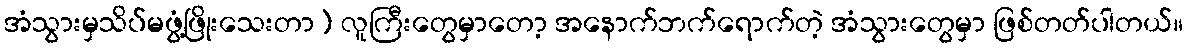
အံသွားမှသိပ်မဖွံ့ဖြိုးသေးတာ) လူကြီးတွေမှာတော့ အနောက်ဘက်ရောက်တဲ့ အံသွားတွေမှာ ဖြစ်တတ်ပါတယ်။